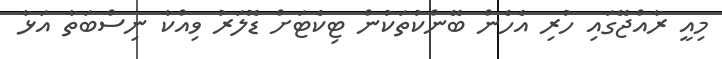
މިއީ ރާއްޖޭގައި ހުރި އެހެން ބޭންކުތަކުން ޓިކެޓަށް ޑޮލަރު ވިއްކާ ނިސްބަތާ އަޅާ